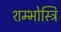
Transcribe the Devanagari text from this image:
शम्भोस्त्रि